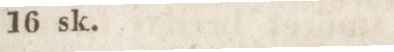
16 sk.